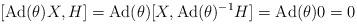
LaTeX: \begin{align*}[\mbox{Ad}(\theta)X,H] = \mbox{Ad}(\theta)[X,\mbox{Ad}(\theta)^{-1}H] = \mbox{Ad}(\theta)0 = 0\end{align*}